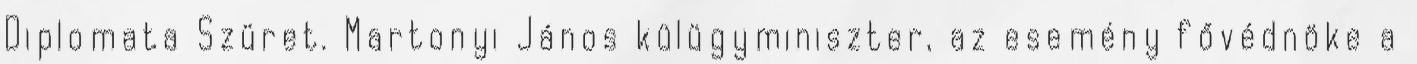
Diplomata Szüret. Martonyi János külügyminiszter, az esemény fővédnöke a